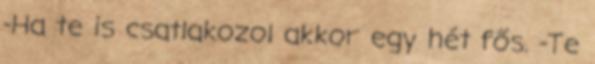
-Ha te is csatlakozol akkor egy hét fős. -Te